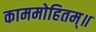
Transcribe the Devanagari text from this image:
काममोहितम्॥